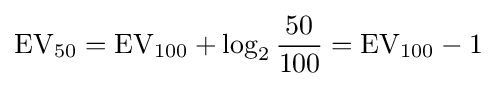
\mathrm {EV} _{50}=\mathrm {EV} _{100}+\log _{2}{\frac {50}{100}}=\mathrm {EV} _{100}-1